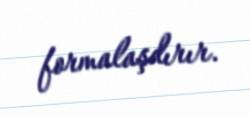
formalaşdırır.